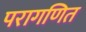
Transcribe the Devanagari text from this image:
परागणित